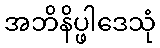
အဘိနိပ္ဖါဒေသုံ